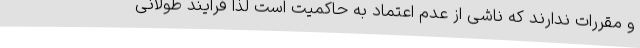
و مقررات ندارند که ناشی از عدم اعتماد به حاکمیت است لذا فرایند طولانی